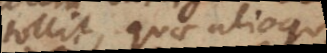
tollit, quae alioqui